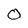
Character: 0